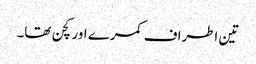
تین اطراف کمرے اور کچن تھا۔